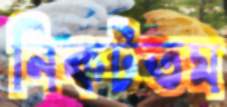
নিকটতম